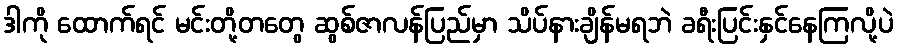
ဒါကို ထောက်ရင် မင်းတို့တတွေ ဆွစ်ဇာလန်ပြည်မှာ သိပ်နားချိန်မရဘဲ ခရီးပြင်းနှင်နေကြလို့ပဲ